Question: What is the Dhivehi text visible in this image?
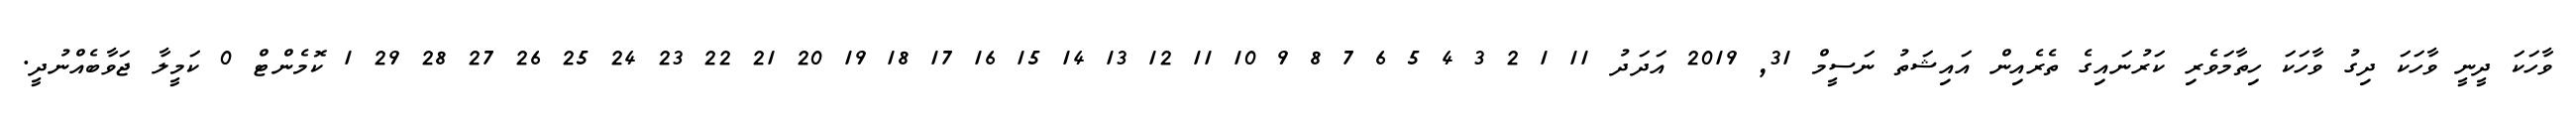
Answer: ވާހަކަ ދީނީ ވާހަކަ ދިގު ވާހަކަ ހިތާމަވެރި ކަރުނައިގެ ތެރެއިން އައިޝަތު ނަސީމް 31, 2019 އަދަދު 11 1 2 3 4 5 6 7 8 9 10 11 12 13 14 15 16 17 18 19 20 21 22 23 24 25 26 27 28 29 1 ކޮމެންޓް 0 ކަމީލާ ޖަވާބެއްނުދީ.